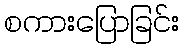
စကားပြောခြင်း